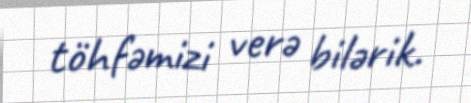
töhfəmizi verə bilərik.